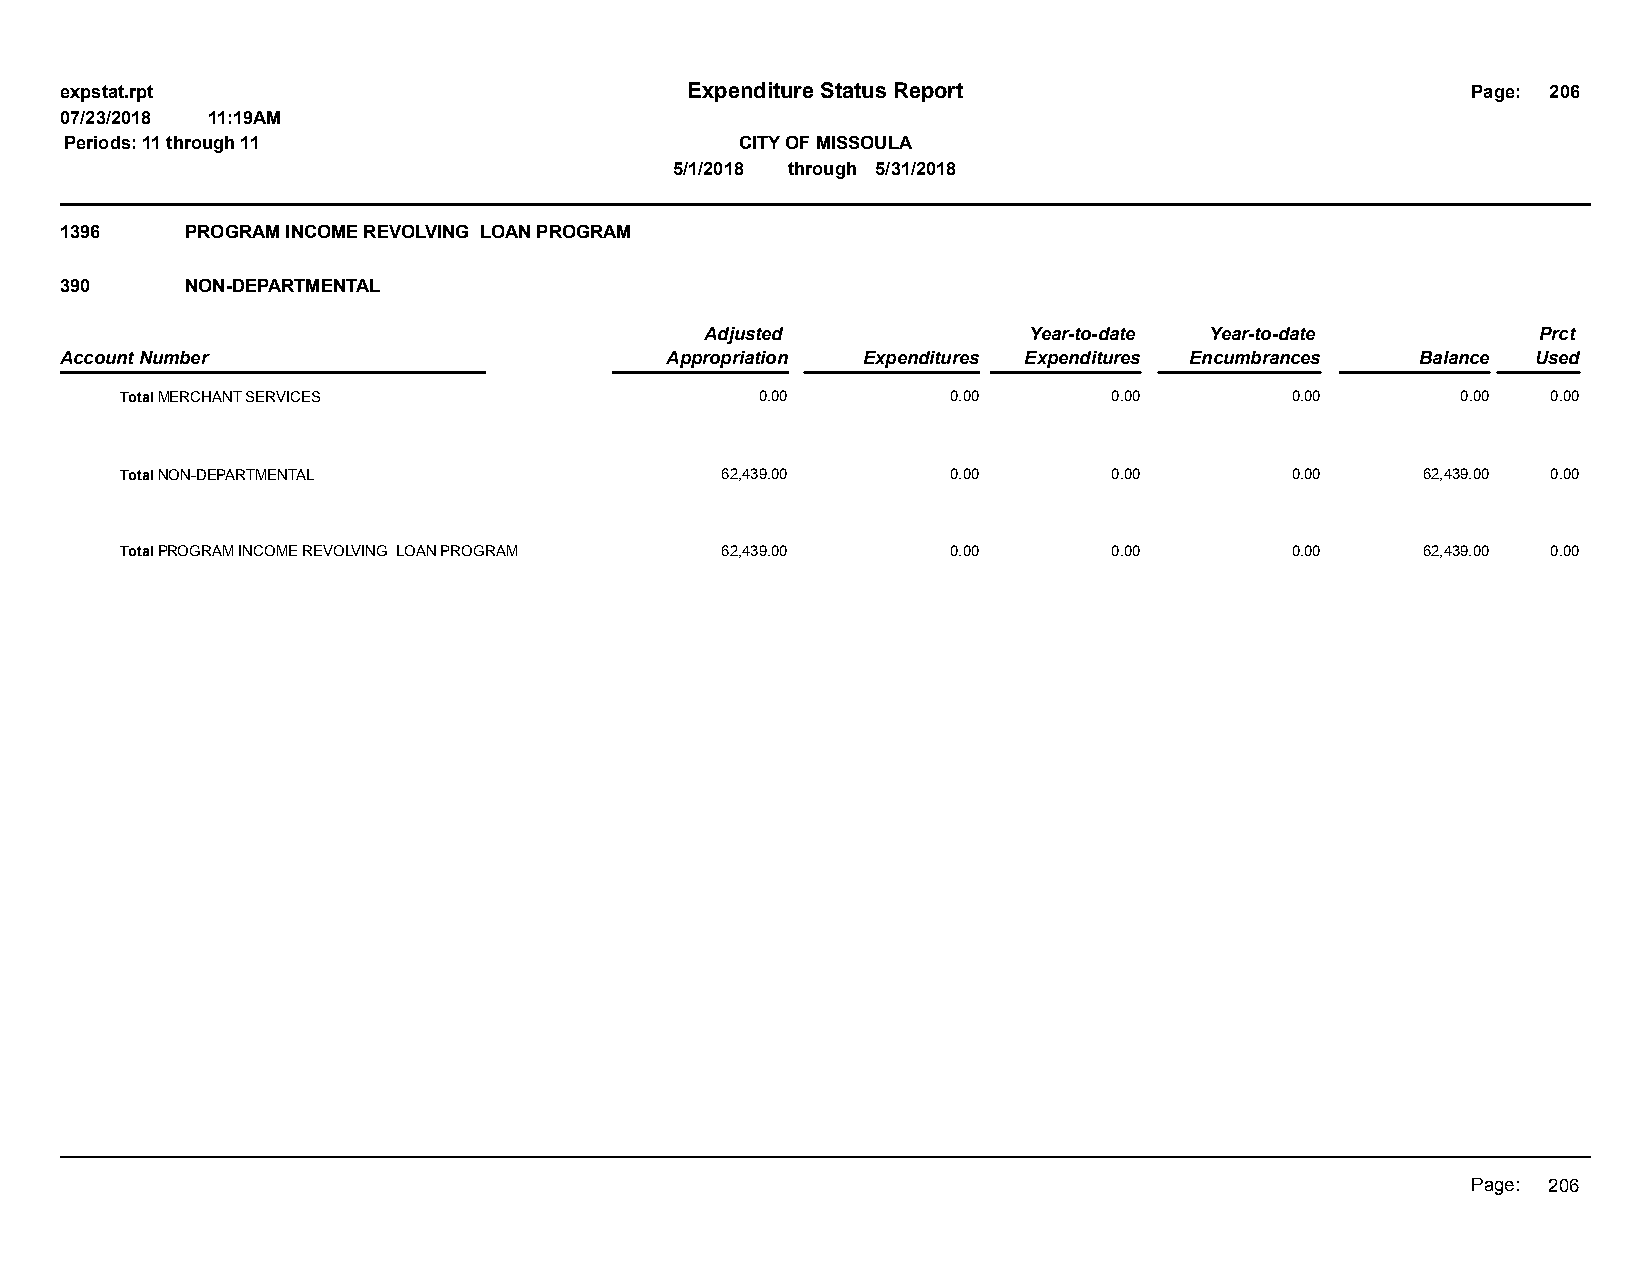
expstat.rpt                              Expenditure Status Report                           Page: 206
 07/23/2018 11:19AM
 Periods: 11 through 11                       CITY OF MISSOULA
 5/1/2018 through 5/31/2018
 1396    PROGRAM INCOME REVOLVING LOAN PROGRAM
 390     NON-DEPARTMENTAL
 Adjusted             Year-to-date Year-to-date         Prct
 Account Number                          Appropriation Expenditures Expenditures Encumbrances Balance Used
 Total MERCHANT SERVICES                   0.00         0.00       0.00       0.00        0.00  0.00
 Total NON-DEPARTMENTAL                  62,439.00      0.00       0.00       0.00     62,439.00 0.00
 Total PROGRAM INCOME REVOLVING LOAN PROGRAM 62,439.00  0.00       0.00       0.00     62,439.00 0.00
 Page: 206